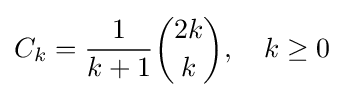
C_{k}={1 \over {k+1}}{{2k} \choose {k}},\quad k\geq 0